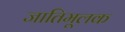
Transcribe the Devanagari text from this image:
जातिमूलक